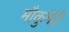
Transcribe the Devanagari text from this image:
मौकुमेंट्री